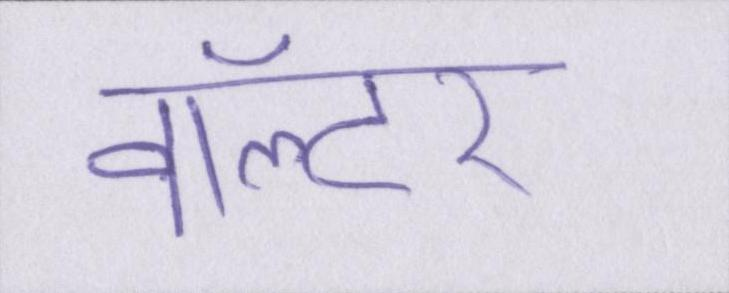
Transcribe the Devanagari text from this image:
वॉल्टर